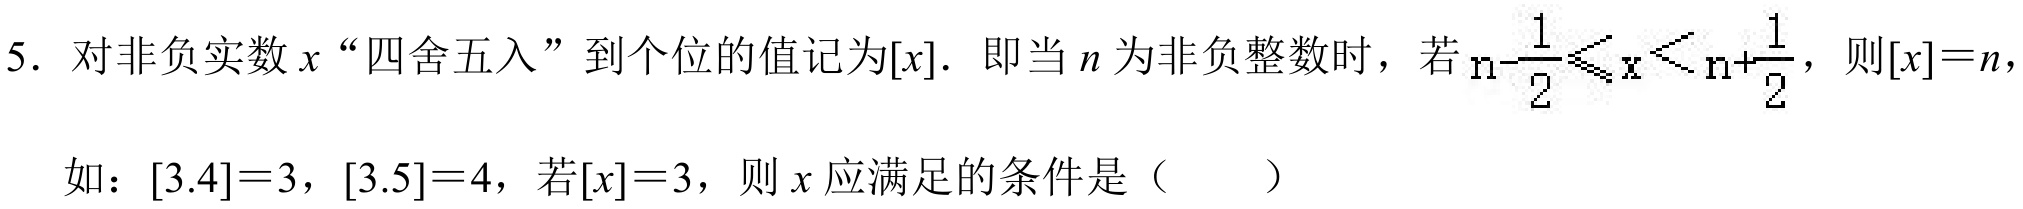
5. 对非负实数\(x\)“四舍五入”到个位的值记为\([x]\). 即当\(n\)为非负整数时，若\(n - \dfrac{1}{2}\leqslant x < n+\dfrac{1}{2}\)，则\([x]=n\)，
如：\([3.4]=3\)，\([3.5]=4\)，若\([x]=3\)，则\(x\)应满足的条件是（  ）